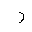
Letter: _ra